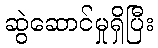
ဆွဲဆောင်မှုရှိပြီး